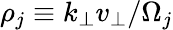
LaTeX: \rho_{j}\equiv k_{\perp}v_{\perp}/\Omega_{j}